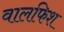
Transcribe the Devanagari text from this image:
वालफिश